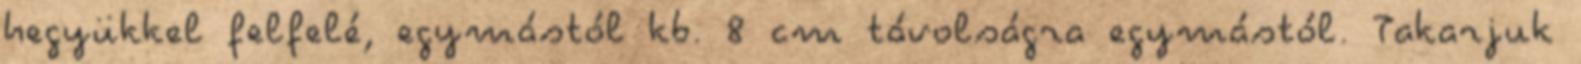
hegyükkel felfelé, egymástól kb. 8 cm távolságra egymástól. Takarjuk